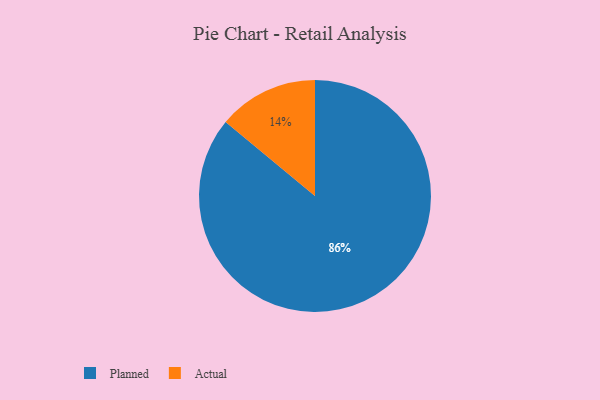
{"axis": {"x": "Category", "y": "Percentage"}, "legend": ["Actual", "Planned"], "data": [{"x": "Planned", "y": 86, "type": "Planned"}, {"x": "Actual", "y": 14, "type": "Actual"}]}